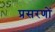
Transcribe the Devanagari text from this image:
प्रसरणों